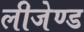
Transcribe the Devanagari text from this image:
लीजेण्ड